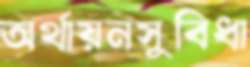
অর্থায়নসুবিধা